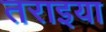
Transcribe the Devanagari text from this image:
तराइया